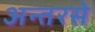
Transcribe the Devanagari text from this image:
अन्तरसे